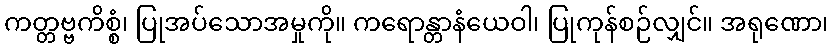
ကတ္တဗ္ဗကိစ္စံ၊ ပြုအပ်သောအမှုကို။ ကရောန္တာနံယေဝါ၊ ပြုကုန်စဉ်လျှင်။ အရုဏော၊